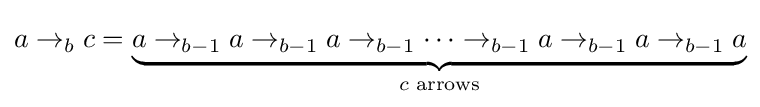
a\rightarrow _{b}c=\underbrace {a\rightarrow _{b-1}a\rightarrow _{b-1}a\rightarrow _{b-1}\dots \rightarrow _{b-1}a\rightarrow _{b-1}a\rightarrow _{b-1}a} _{c{\text{ arrows}}}